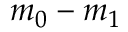
m _ { 0 } - m _ { 1 }